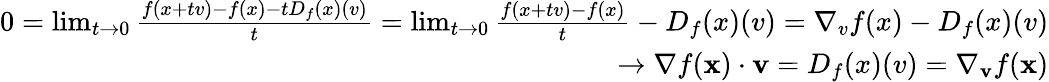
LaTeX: \begin{array}{r}{0=\operatorname*{lim}_{t\rightarrow 0}{\frac{f(x+tv)-f(x)-tD_{f}(x)(v)}{t}}=\operatorname*{lim}_{t\rightarrow 0}{\frac{f(x+tv)-f(x)}{t}}-D_{f}(x)(v)=\nabla_{v}f(x)-D_{f}(x)(v)}\\ {\rightarrow\nabla f(\mathbf{x})\cdot\mathbf{v}=D_{f}(x)(v)=\nabla_{\mathbf{v}}{f}(\mathbf{x})}\end{array}